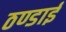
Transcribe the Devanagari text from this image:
ठण्डाई